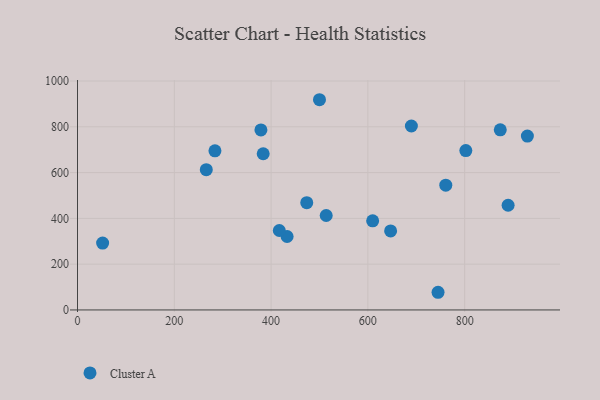
{"axis": {"x": "Experience", "y": "Fuel Efficiency"}, "legend": ["Cluster A"], "data": [{"x": "383.7", "y": 682.3, "type": "Cluster A"}, {"x": "873.6", "y": 786.8, "type": "Cluster A"}, {"x": "802.4", "y": 696.0, "type": "Cluster A"}, {"x": "379.0", "y": 786.3, "type": "Cluster A"}, {"x": "513.9", "y": 412.5, "type": "Cluster A"}, {"x": "889.8", "y": 457.3, "type": "Cluster A"}, {"x": "689.9", "y": 803.6, "type": "Cluster A"}, {"x": "473.7", "y": 468.5, "type": "Cluster A"}, {"x": "433.1", "y": 320.8, "type": "Cluster A"}, {"x": "609.9", "y": 389.5, "type": "Cluster A"}, {"x": "500.0", "y": 918.3, "type": "Cluster A"}, {"x": "266.1", "y": 612.8, "type": "Cluster A"}, {"x": "51.9", "y": 292.1, "type": "Cluster A"}, {"x": "761.0", "y": 545.1, "type": "Cluster A"}, {"x": "745.0", "y": 77.2, "type": "Cluster A"}, {"x": "417.0", "y": 347.1, "type": "Cluster A"}, {"x": "647.0", "y": 345.1, "type": "Cluster A"}, {"x": "284.0", "y": 694.9, "type": "Cluster A"}, {"x": "929.6", "y": 759.3, "type": "Cluster A"}]}